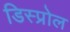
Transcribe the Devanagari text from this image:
डिस्प्रोल